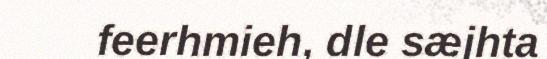
feerhmieh, dle sæjhta